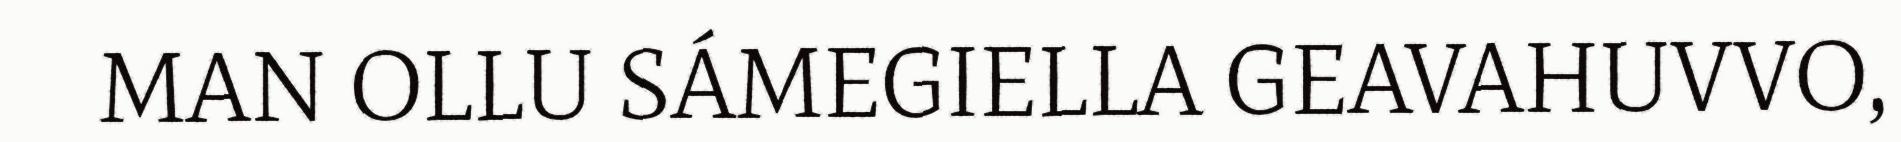
MAN OLLU SÁMEGIELLA GEAVAHUVVO,